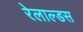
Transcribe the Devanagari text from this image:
रेलाल्डस